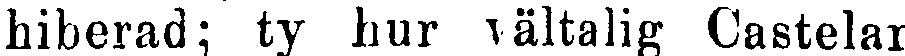
hiberad; ty hur vältalig Castelar